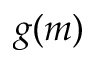
g ( m )